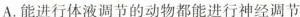
A.能进行体液调节的动物都能进行神经调节